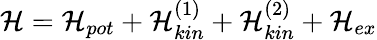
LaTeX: \mathcal{H}=\mathcal{H}_{pot}+\mathcal{H}_{kin}^{(1)}+\mathcal{H}_{kin}^{(2)}+\mathcal{H}_{ex}